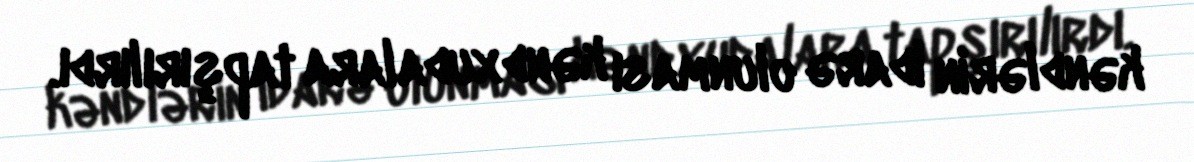
kəndlərin idarə olunması kəndxudalara tapşırılırdı.